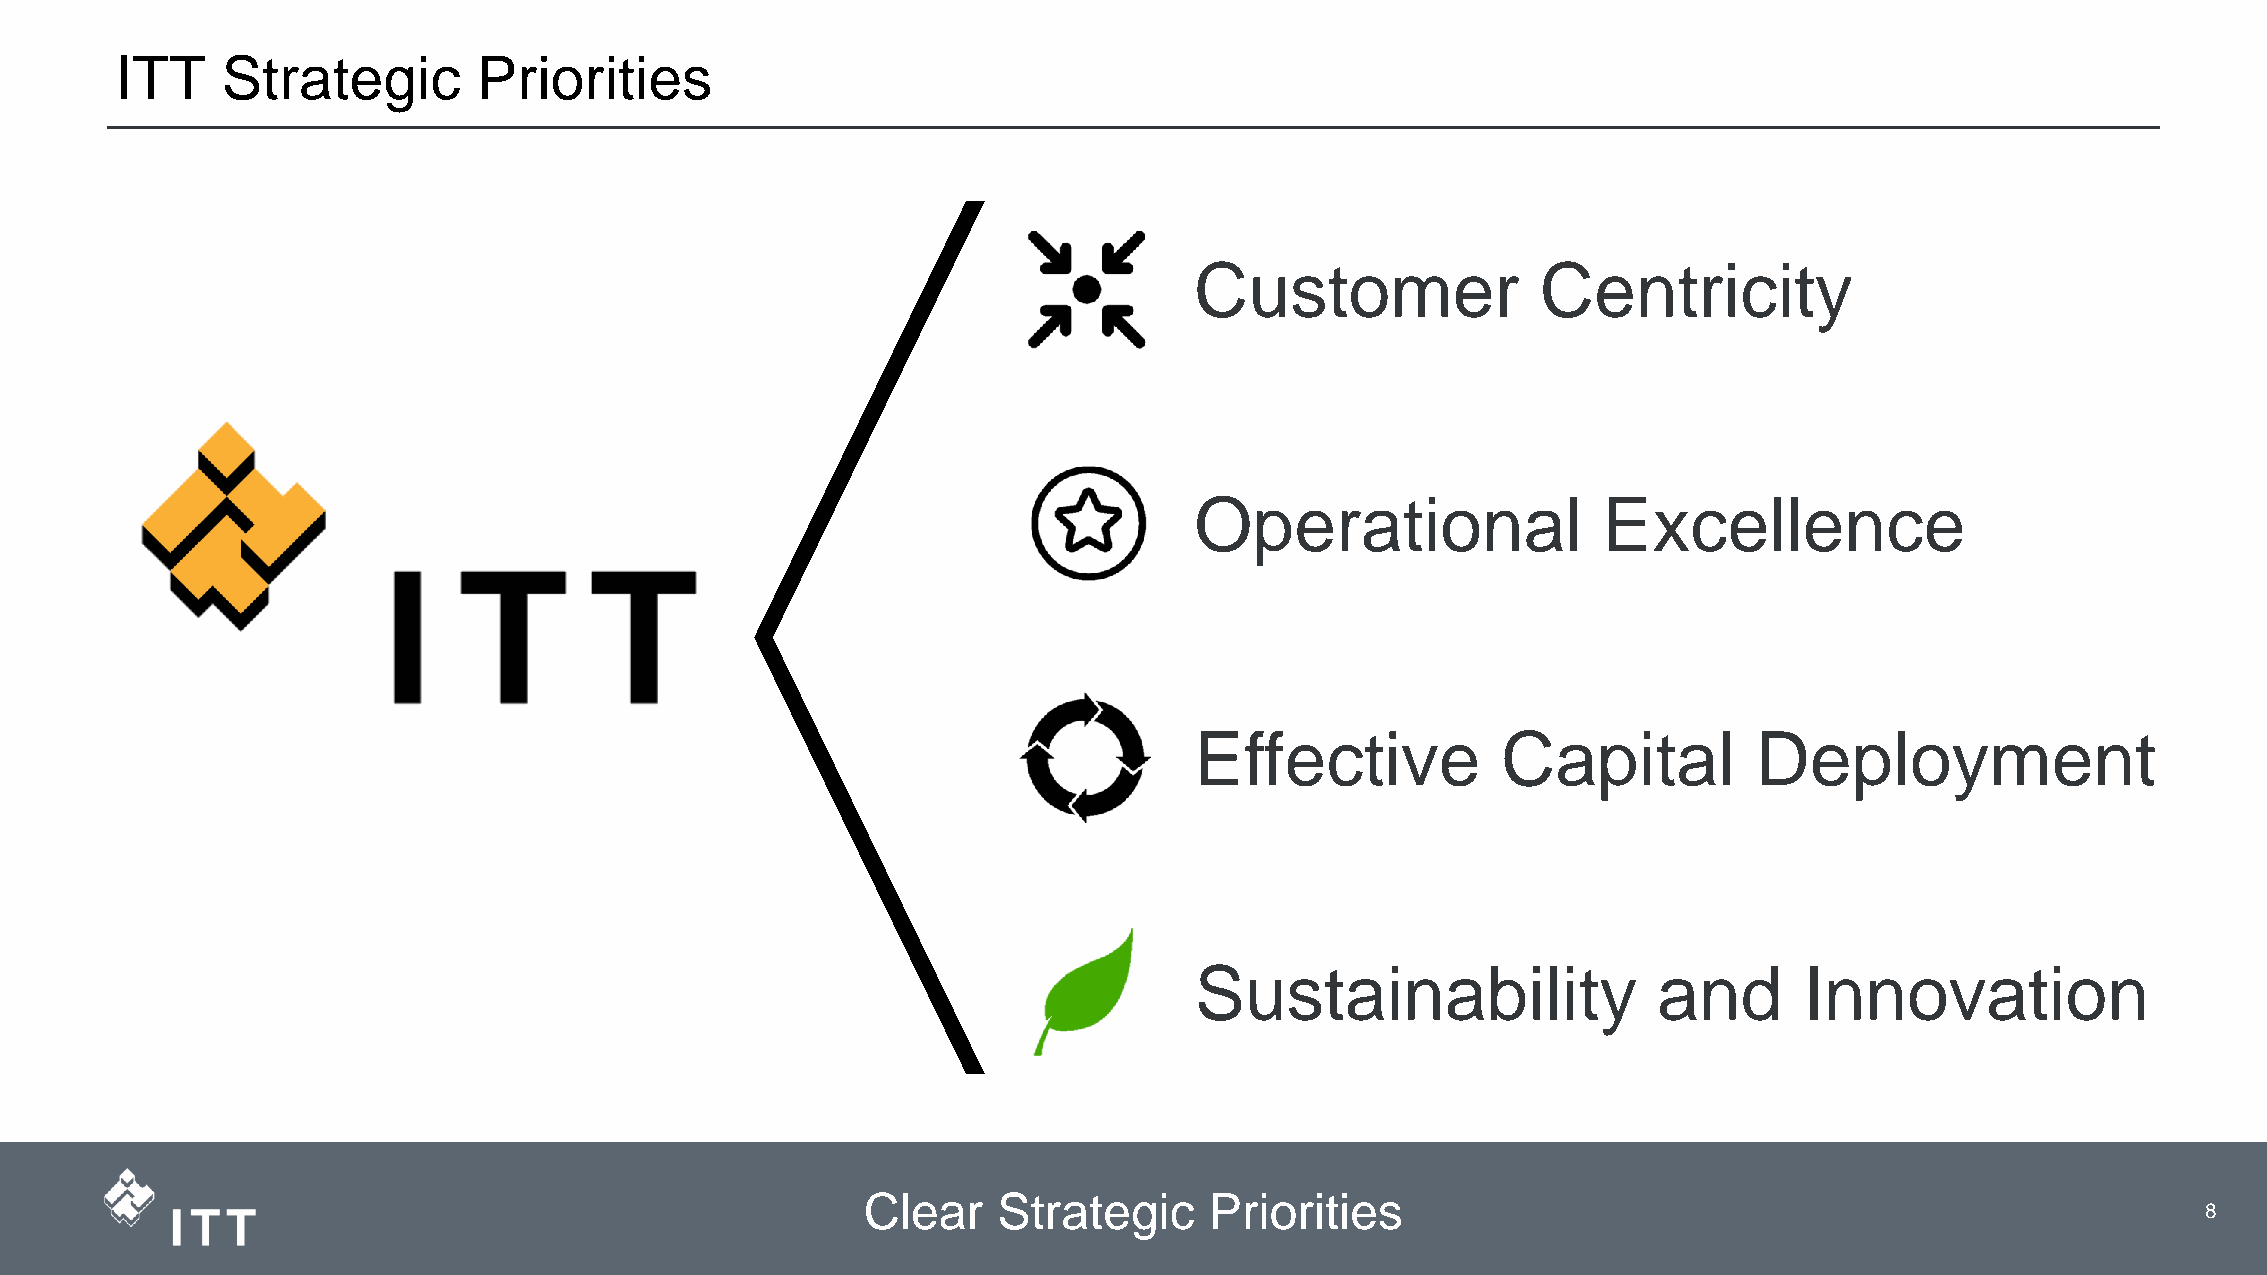
ITT    Strategic        Priorities
 Customer               Centricity
 Operational                Excellence
 Effective           Capital          Deployment
 Sustainability                 and      Innovation
 Clear    Strategic     Priorities
 3                     8